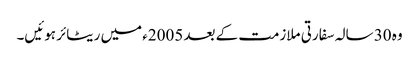
وہ 30 سالہ سفارتی ملازمت کے بعد 2005ء میں ریٹائر ہوئیں۔